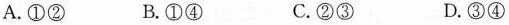
A.①② B.①④ C.②③ D.③④